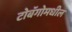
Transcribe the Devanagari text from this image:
टोबॅगोमधील